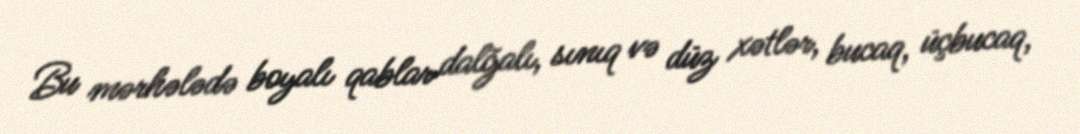
Bu mərhələdə boyalı qablar dalğalı, sınıq və düz xətlər, bucaq, üçbucaq,